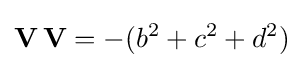
{\textbf {V}}\,{\textbf {V}}=-(b^{2}+c^{2}+d^{2})